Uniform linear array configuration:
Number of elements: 12
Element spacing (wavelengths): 0.75
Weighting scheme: blackman
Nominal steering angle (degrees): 60
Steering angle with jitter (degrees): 60.065
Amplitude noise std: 0.05
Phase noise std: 0.05

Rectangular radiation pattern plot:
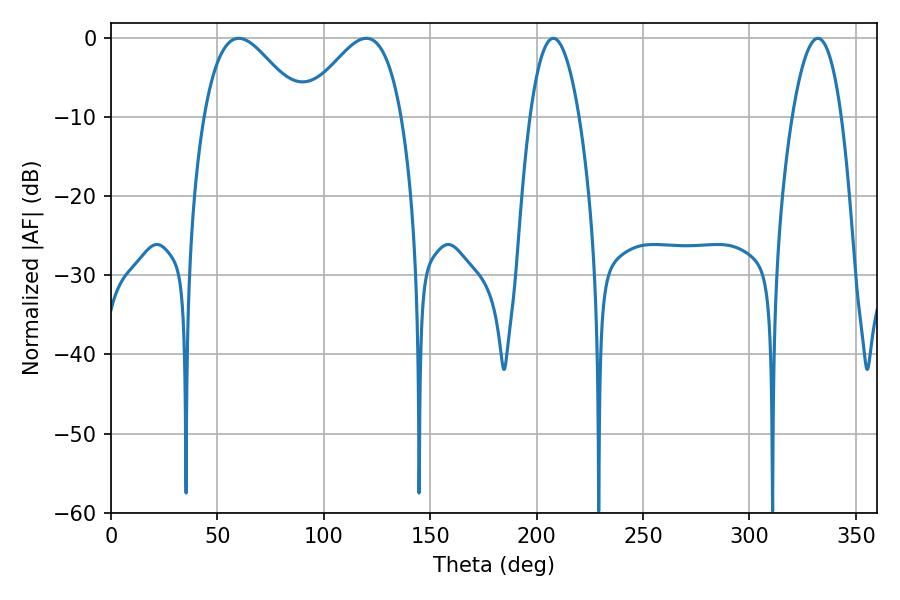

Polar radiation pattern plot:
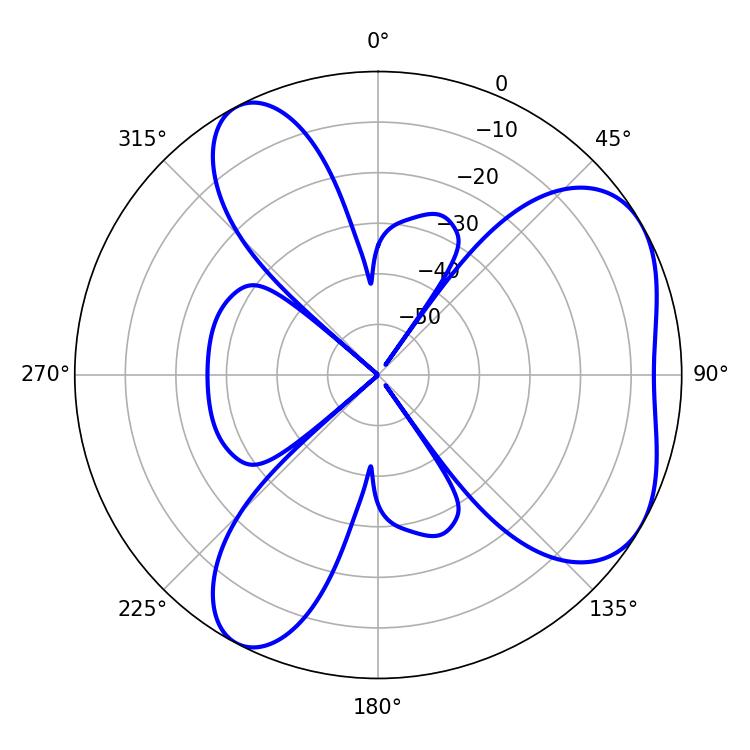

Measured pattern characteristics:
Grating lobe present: TRUE
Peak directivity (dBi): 5.12
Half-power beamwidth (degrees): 24.66
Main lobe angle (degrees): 60.12